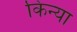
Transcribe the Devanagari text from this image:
किन्या